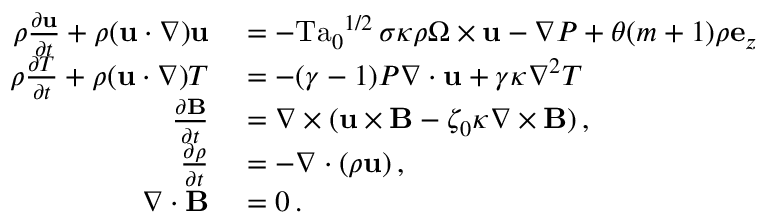
\begin{array} { r l } { \rho \frac { \partial \mathbf { u } } { \partial t } + \rho ( \mathbf { u } \cdot \nabla ) \mathbf { u } } & { { } = - { \mathrm { T a } _ { 0 } } ^ { 1 / 2 } \, \sigma \kappa \rho \boldsymbol { \Omega } \times \mathbf { u } - \nabla P + \theta ( m + 1 ) \rho \mathbf { e } _ { z } } \\ { \rho \frac { \partial T } { \partial t } + \rho ( \mathbf { u } \cdot \nabla ) T } & { { } = - ( \gamma - 1 ) P \nabla \cdot \mathbf { u } + \gamma \kappa \nabla ^ { 2 } T } \\ { \frac { \partial \mathbf { B } } { \partial t } } & { { } = \nabla \times ( \mathbf { u } \times \mathbf { B } - \zeta _ { 0 } \kappa \nabla \times \mathbf { B } ) \, , } \\ { \frac { \partial \rho } { \partial t } } & { { } = - \nabla \cdot ( \rho \mathbf { u } ) \, , } \\ { \nabla \cdot \mathbf { B } } & { { } = 0 \, . } \end{array}